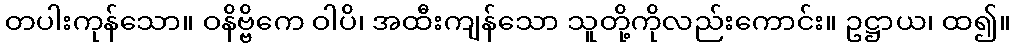
တပါးကုန်သော။ ဝနိဗ္ဗိကေ ဝါပိ၊ အထီးကျန်သော သူတို့ကိုလည်းကောင်း။ ဥဋ္ဌာယ၊ ထ၍။